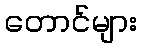
တောင်များ